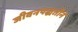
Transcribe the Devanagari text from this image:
जीवनपद्धतीने